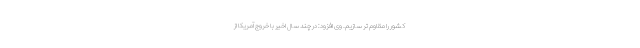
کشور را مقاوم تر سازیم. وی افزود: در چند سال اخیر با خروج آمریکا از